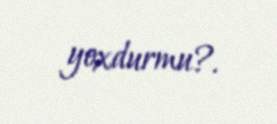
yoxdurmu?.